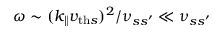
\omega \sim ( k _ { \parallel } v _ { \mathrm { t h } s } ) ^ { 2 } / \nu _ { s s ^ { \prime } } \ll \nu _ { s s ^ { \prime } }